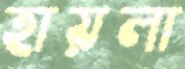
হায়লা